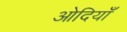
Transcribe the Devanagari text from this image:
ओदियाँ